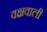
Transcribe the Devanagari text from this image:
वक्षवाली